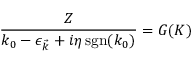
{ \frac { Z } { k _ { 0 } - \epsilon _ { \vec { k } } + i \eta \operatorname { s g n } ( k _ { 0 } ) } } = G _ { } ( K )